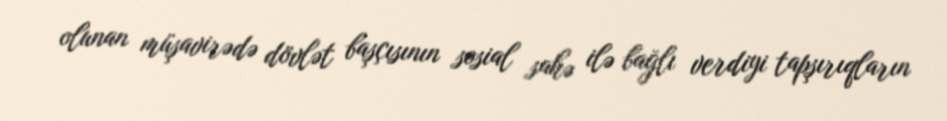
olunan müşavirədə dövlət başçısının sosial sahə ilə bağlı verdiyi tapşırıqların